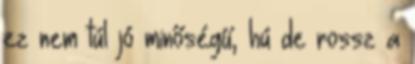
ez nem túl jó minőségű, hú de rossz a